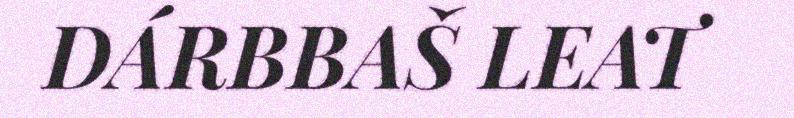
DÁRBBAŠ LEAT